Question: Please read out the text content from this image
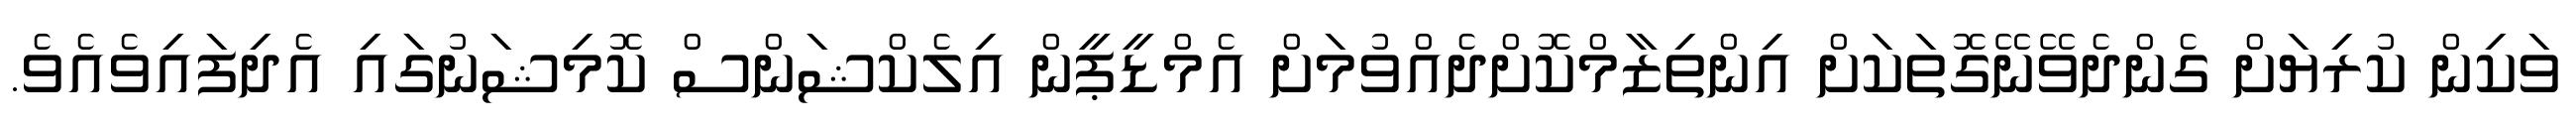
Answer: ވަކިން ކުރިޔަށް ގެންދެވޭނޭގޮތަކަށް އިންތިޒާމްކޮށްދެއްވުމަށް އެމްޑީޕީން އިލެކްޝަންސް ކޮމިޝަނުގައި އެދިފައިވެއެވެ.